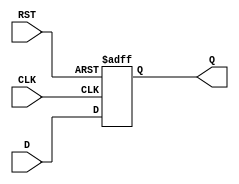
module FlipFlopRegister #(
    parameter WIDTH = 8 // Parameter to set the register width
) (
    input wire [WIDTH-1:0] D, // Data Input
    input wire CLK,            // Clock Input
    input wire RST,            // Reset Input
    output reg [WIDTH-1:0] Q   // Data Output
);

// Synchronous reset behavior
always @(posedge CLK or posedge RST) begin
    if (RST) begin
        Q <= {WIDTH{1'b0}}; // Reset all bits to 0
    end else begin
        Q <= D; // Store input data on clock edge
    end
end

endmodule